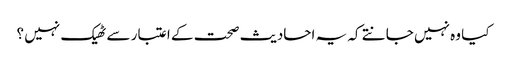
کیا وہ نہیں جانتے کہ یہ احادیث صحت کے اعتبار سے ٹھیک نہیں ؟